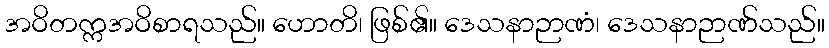
အဝိတက္ကအဝိစာရသည်။ ဟောတိ၊ ဖြစ်၏။ ဒေသနာဉာဏံ၊ ဒေသနာဉာဏ်သည်။